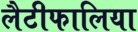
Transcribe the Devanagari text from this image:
लैटीफालिया